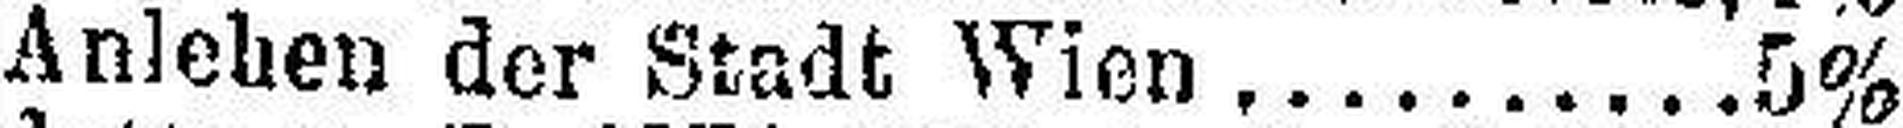
Anlehen der Stadt Wien 5%